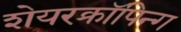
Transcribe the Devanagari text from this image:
शेयरक्रॉपिन्ग